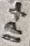
Text: IP+